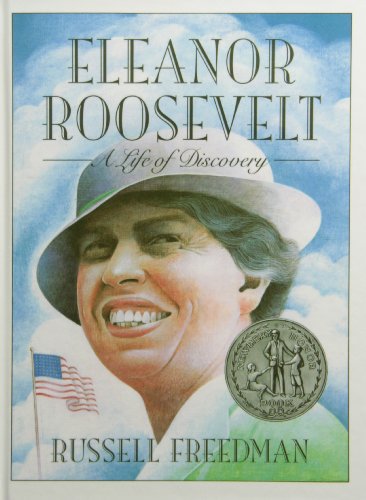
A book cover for Eleanor Roosevelt: A Life of Discovery; Russell Freedman; Teen & Young Adult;